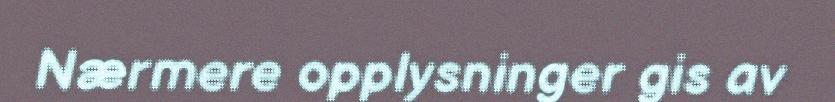
Nærmere opplysninger gis av